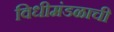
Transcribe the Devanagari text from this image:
विधीमंडळाची